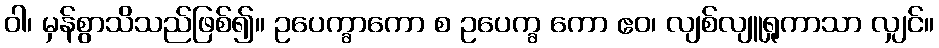
ဝါ၊ မှန်စွာသိသည်ဖြစ်၍။ ဥပေက္ခာကော စ ဥပေက္ခ ကော ဧဝ၊ လျစ်လျူရှုကာသာ လျှင်။